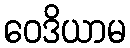
ဝေဒိယာမ